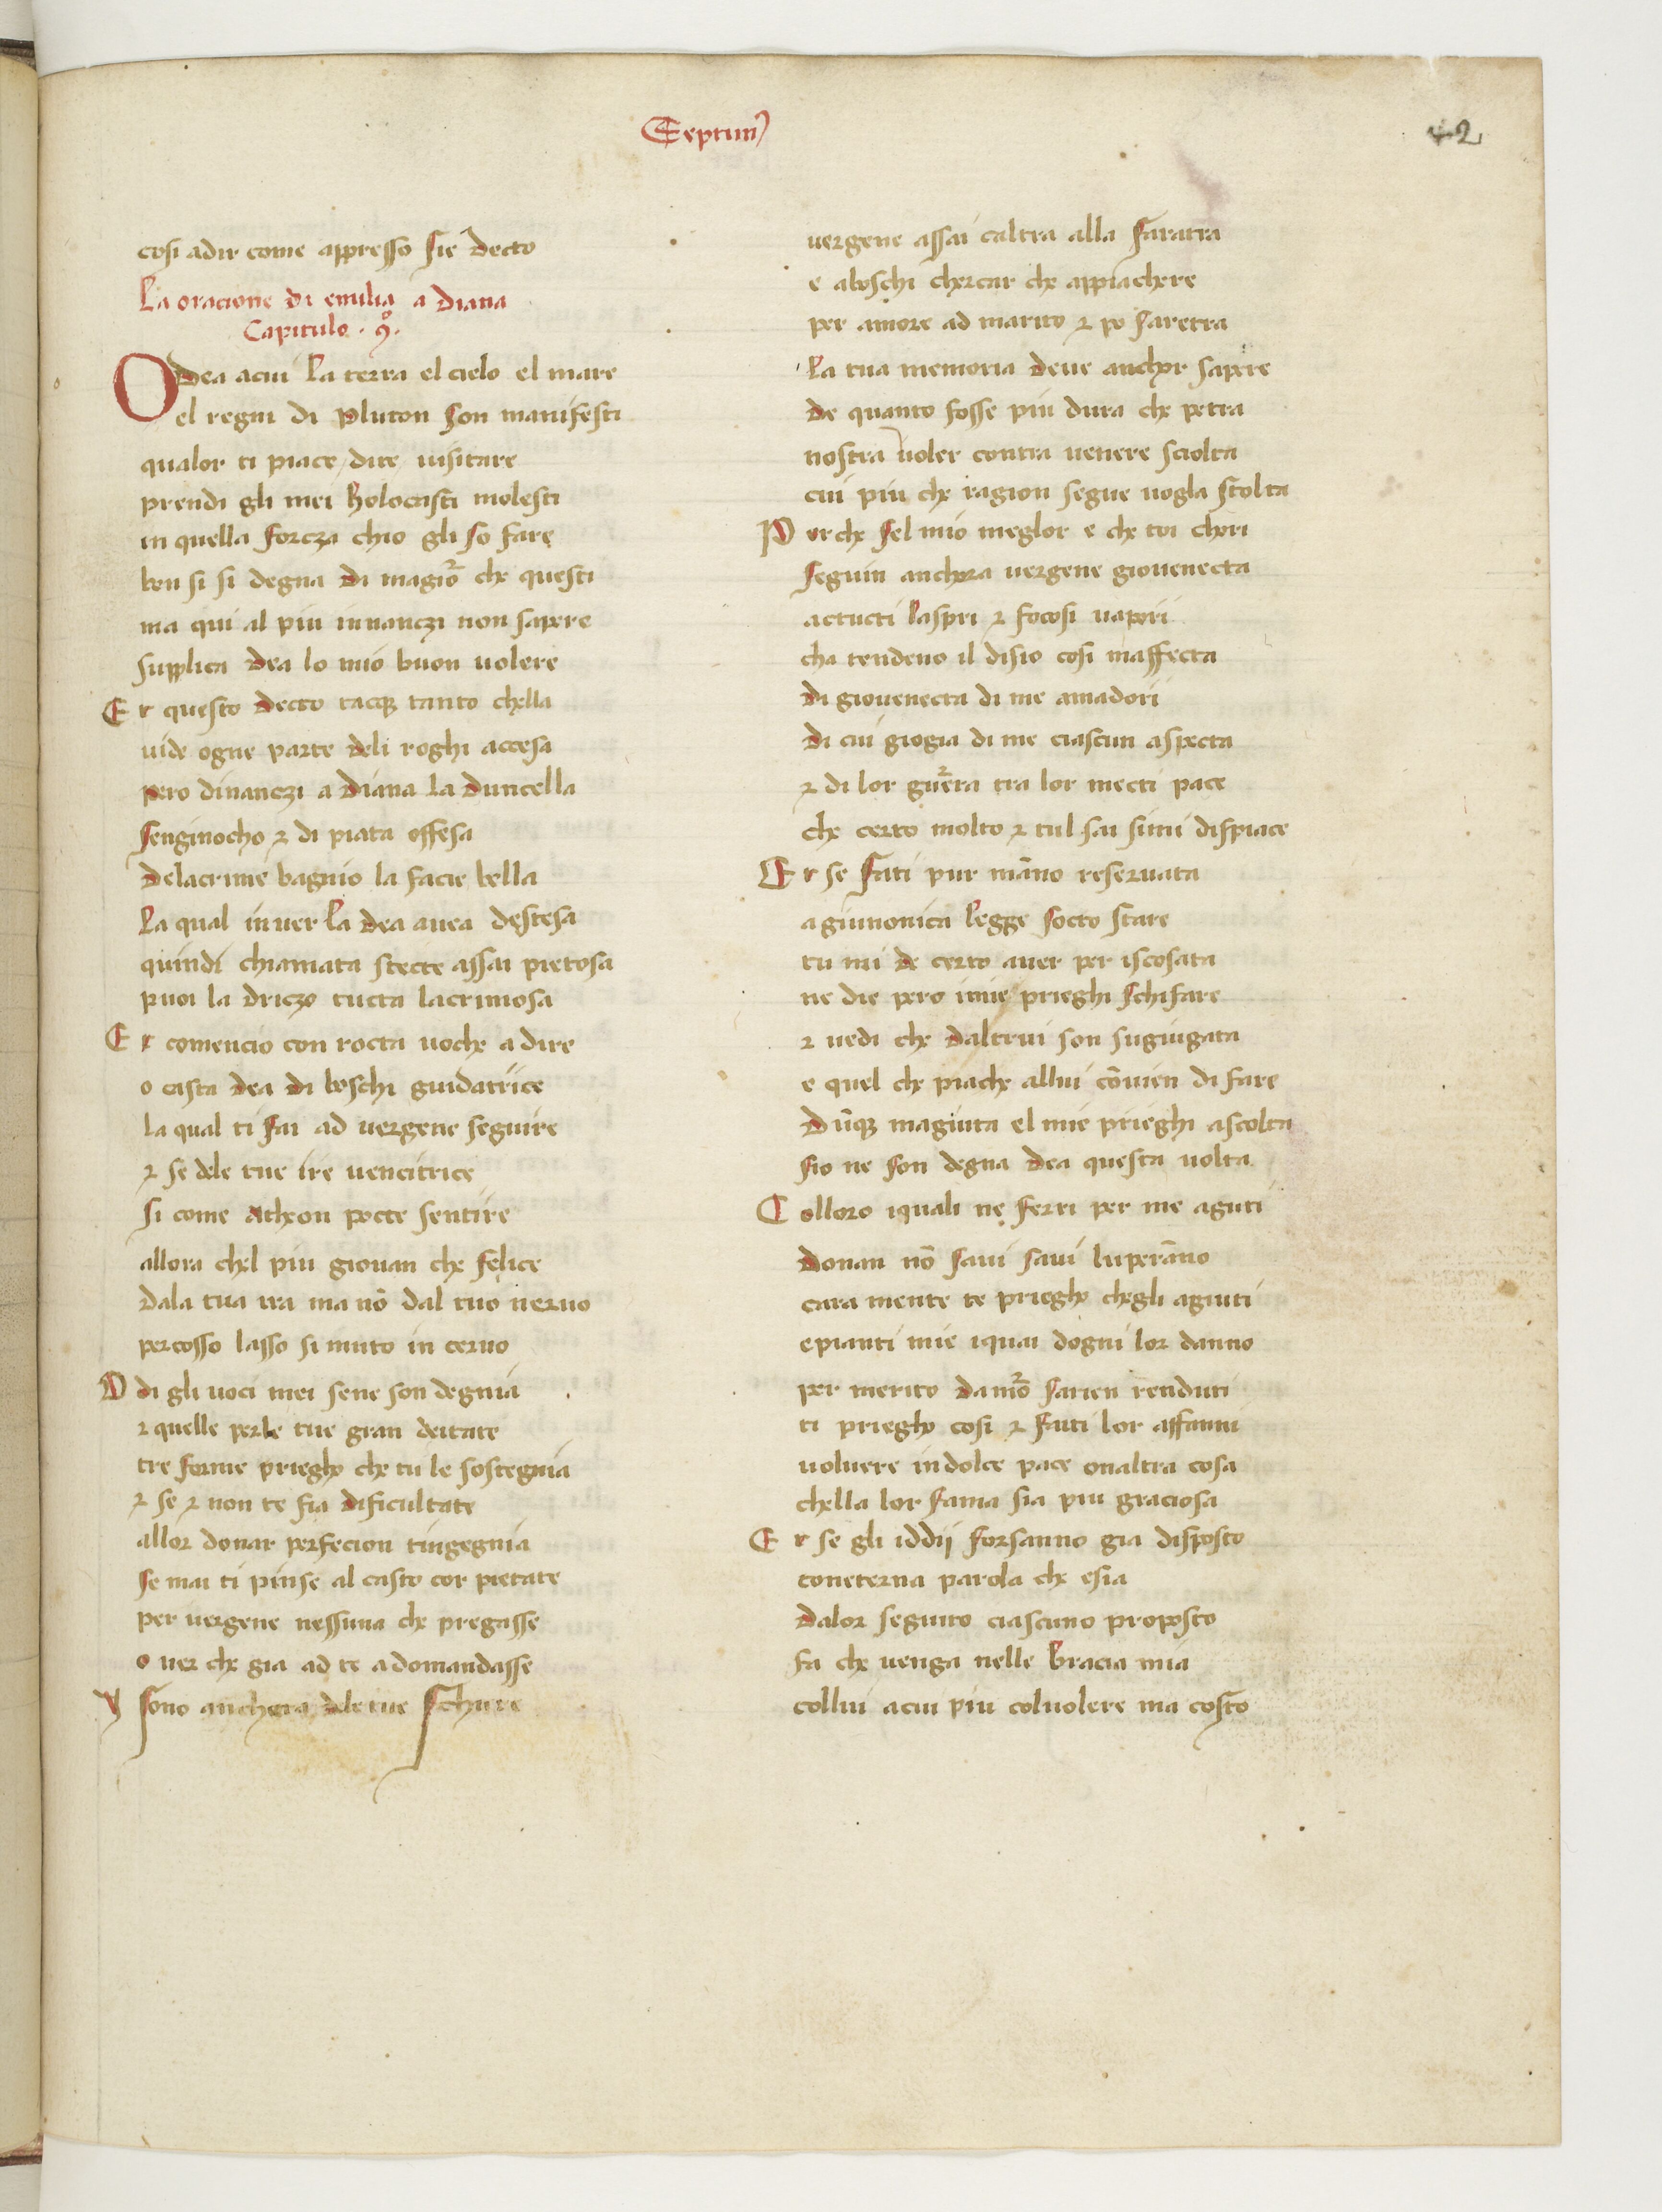
Shelfmark: Paris, BnF, ita. 583
Century: 15